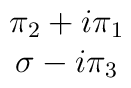
\begin{array}{c}\pi_2 + i\pi_1\\\sigma - i\pi_3\\\end{array}